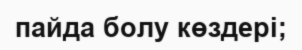
пайда болу көздері;